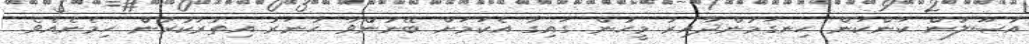
އުޞޫލުން ކަންކަން ހިނގަމުންދާއިރު މީހުން ގައިގާ އެކަމަށް ބޭނުންވާ ހުނަރު އިތުރުކުރުން ހިމެނެއެވެ.